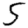
Digit: 5